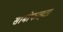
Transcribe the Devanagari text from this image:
सामोफाइटा